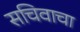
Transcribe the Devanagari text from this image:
सचिवाचा